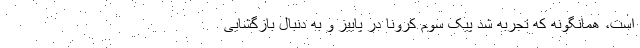
است، همانگونه که تجربه شد پیک سوم کرونا در پاییز و به دنبال بازگشایی